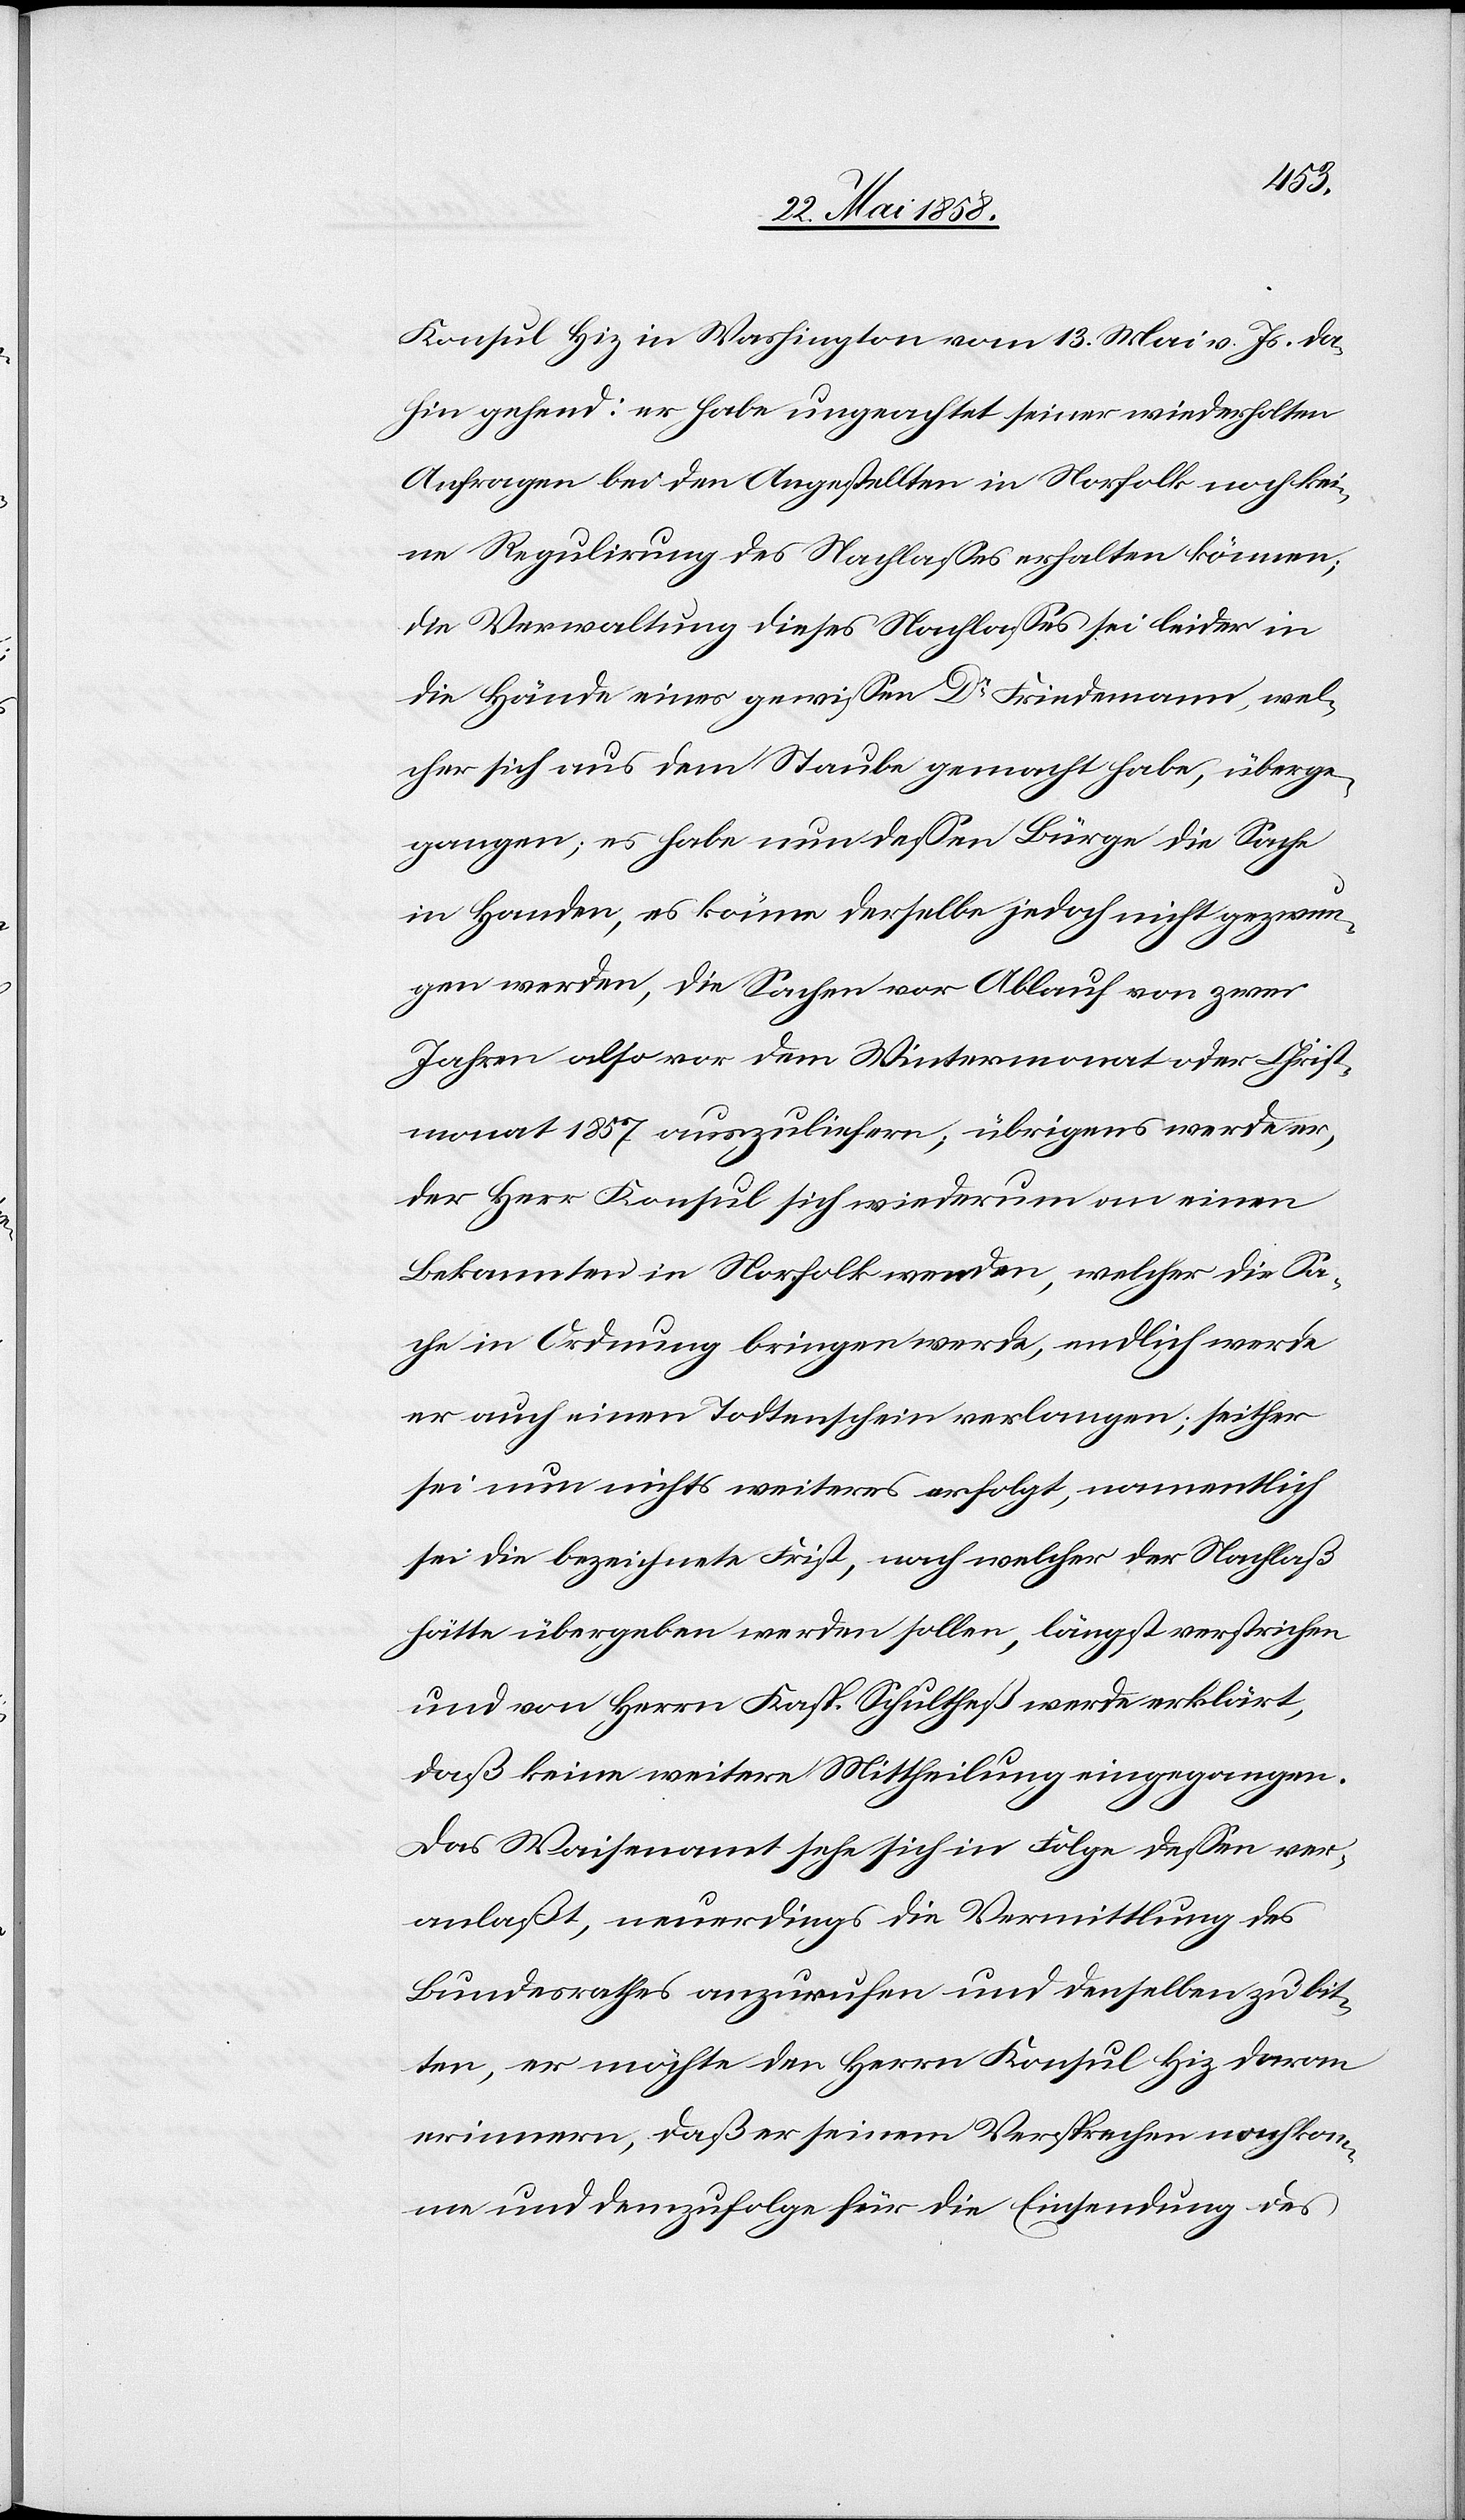
Konsul Hiz in Washington vom 13. Mai v. Js. da¬
hin gehend: er habe ungeachtet seiner wiederholten
Anfragen bei den Angestellten in Norfolk noch kei¬
ne Regulirung des Nachlasses erhalten können;
die Verwaltung dieses Nachlasses sei leider in
die Hände eines gewissen Dr Friedemann, wel¬
cher sich aus dem Staube gemacht habe, überge¬
gangen; es habe nun dessen Bürge die Sache
in Handen, es könne derselbe jedoch nicht gezwun¬
gen werden, die Sachen vor Ablauf von zwei
Jahren also vor dem Wintermonat oder Christ¬
monat 1857 auszuliefern; übrigens werde er,
der Herr Konsul sich wiederum an einen
Bekannten in Norfolk wenden, welcher die Sa¬
che in Ordnung bringen werde, endlich werde
er auch einen Todtenschein verlangen; seither
sei nun nichts weiteres erfolgt, namentlich
sei die bezeichnete Frist, nach welcher der Nachlaß
hätte übergeben werden sollen, längst verstrichen
und von Herrn Kasp. Schultheß werde erklärt,
daß keine weitere Mittheilung eingegangen.
Das Waisenamt sehe sich in Folge dessen ver¬
anlaßt, neuerdings die Vermittlung des
Bundesrathes anzurufen und denselben zu bit¬
ten, er möchte den Herrn Konsul Hiz daran
erinnern, daß er seinem Versprechen nachkom¬
me und demzufolge für die Einsendung des